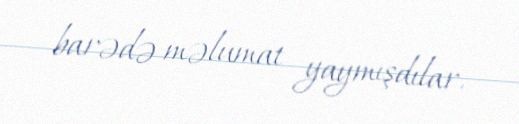
barədə məlumat yaymışdılar.